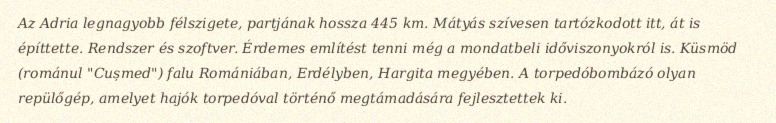
Az Adria legnagyobb félszigete, partjának hossza 445 km. Mátyás szívesen tartózkodott itt, át is építtette. Rendszer és szoftver. Érdemes említést tenni még a mondatbeli időviszonyokról is. Küsmöd (románul "Cușmed") falu Romániában, Erdélyben, Hargita megyében. A torpedóbombázó olyan repülőgép, amelyet hajók torpedóval történő megtámadására fejlesztettek ki.